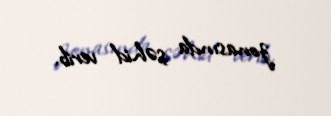
zonasında şəhid verib.